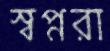
স্বপ্নরা